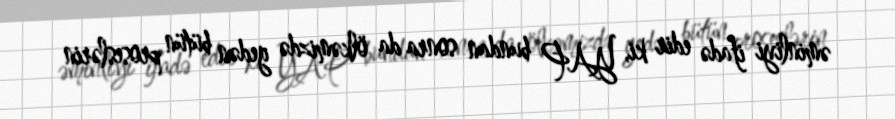
əminliyi ifadə edir ki, YAP bundan sonra da ölkəmizdə gedən bütün proseslərin